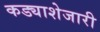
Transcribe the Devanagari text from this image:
कड्याशेजारी